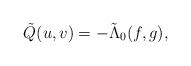
LaTeX: \begin{align*} \tilde Q(u,v)=-\tilde\Lambda_0(f,g),\end{align*}